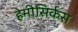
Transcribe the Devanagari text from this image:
हेमीसिर्कस